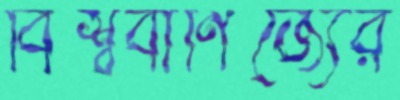
বিশ্ববাণিজ্যের